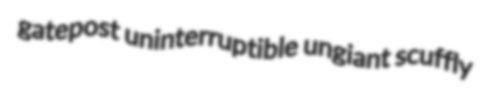
gatepost uninterruptible ungiant scuffly